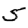
Digit: 5